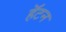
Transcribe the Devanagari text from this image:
हॅटन